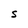
Character: s